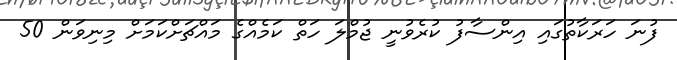
ފުނަ ހަރަކާތުގައި އިންސާފު ކުރެވުނީ ޖުމްލަ ހަތް ކަމެއްގެ މައްޗަށްކަމަށް މިނިވަން 50